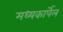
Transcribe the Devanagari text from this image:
मध्यकार्पेल